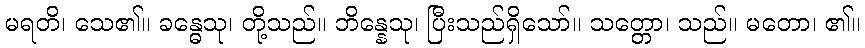
မရတိ၊ သေ၏။ ခန္ဓေသု၊ တို့သည်။ ဘိန္နေသု၊ ပြီးသည်ရှိသော်။ သတ္တော၊ သည်။ မတော၊ ၏။